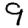
Digit: 9